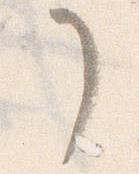
了